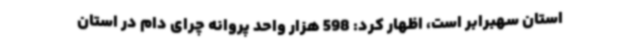
استان سهبرابر است، اظهار کرد: 598 هزار واحد پروانه چرای دام در استان